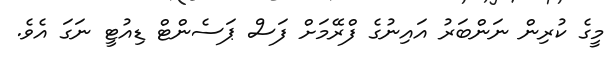
މީގެ ކުރިން ނަންބަރު އައިނުގެ ފްރޭމަށް ފަސް ޕަސެންޓް ޑިއުޓީ ނަގަ އެވެ.